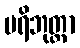
ပရိဘုတ္တာ